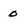
Character: 0